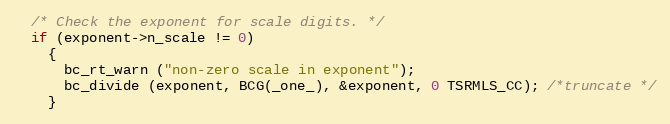
Language: C++
  /* Check the exponent for scale digits. */
  if (exponent->n_scale != 0)
    {
      bc_rt_warn ("non-zero scale in exponent");
      bc_divide (exponent, BCG(_one_), &exponent, 0 TSRMLS_CC); /*truncate */
    }